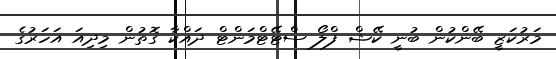
މަރުކަޒީ ބޭންކުން ބުނީ ކޭޝް ފްލޯ ސްޓޭޓްމަންޓް ދައްކާ ގޮތުން މިދިއަ އަހަރުގެ